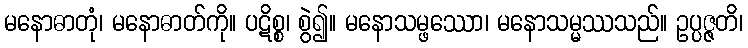
မနောဓာတုံ၊ မနောဓာတ်ကို။ ပဋိစ္စ၊ စွဲ၍။ မနောသမ္ဖဿော၊ မနောသမ္မဿသည်။ ဥပ္ပဇ္ဇတိ၊